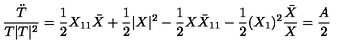
\frac { \ddot { T } } { T | T | ^ { 2 } } = \frac { 1 } { 2 } X _ { 1 1 } \bar { X } + \frac { 1 } { 2 } | X | ^ { 2 } - \frac { 1 } { 2 } X { \bar { X } } _ { 1 1 } - \frac { 1 } { 2 } ( X _ { 1 } ) ^ { 2 } \frac { \bar { X } } { X } = \frac { A } { 2 }